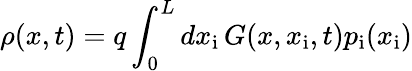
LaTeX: \rho(x,t)=q\int_{0}^{L}dx_{\mathrm{i}}\, G(x,x_{\mathrm{i}},t)p_{\mathrm{i}}(x_{\mathrm{i}})